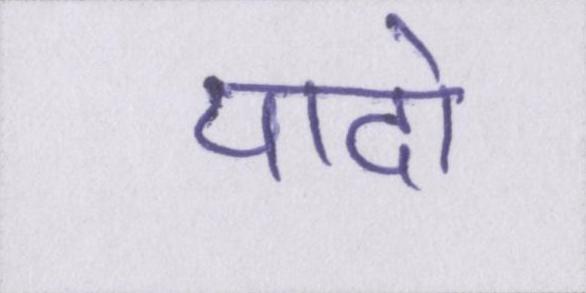
यादो